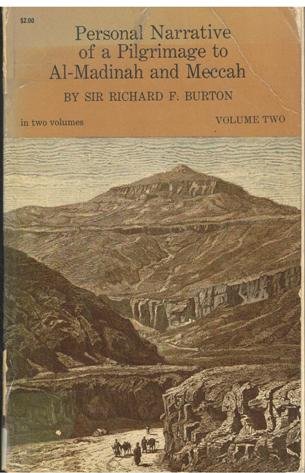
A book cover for Personal Narrative of a Pilgrimage to Al-Madinah and Meccah (Vol. 2); Richard Francis Burton; Travel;